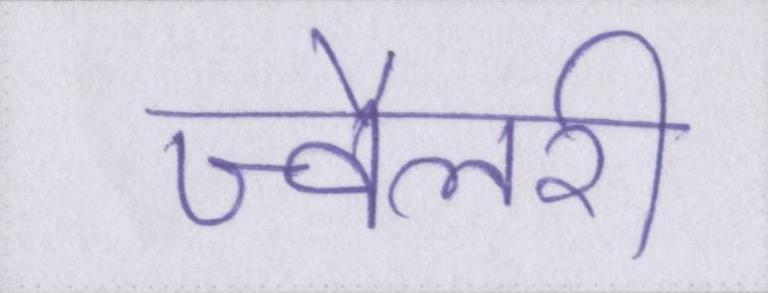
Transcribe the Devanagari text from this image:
ज्वैलरी